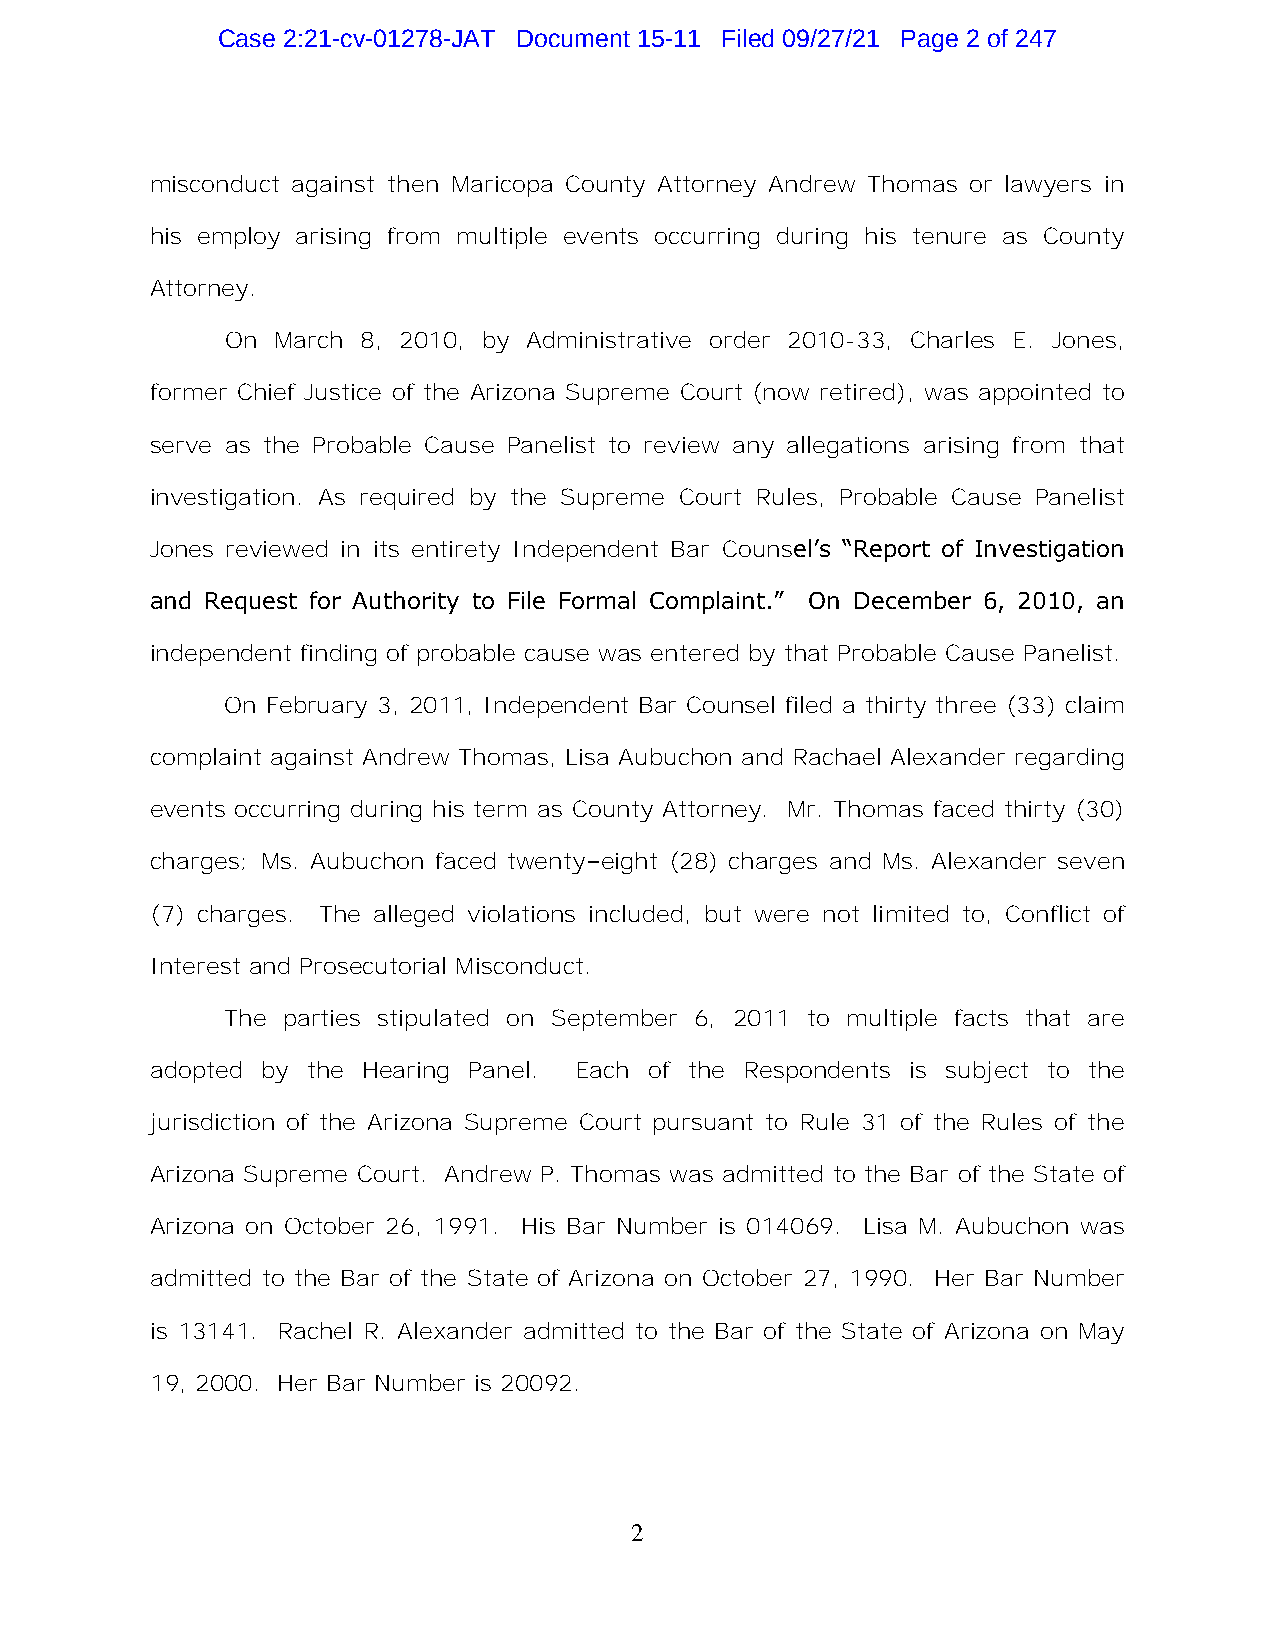
Case 2:21-cv-01278-JAT Document 15-11 Filed 09/27/21 Page 2 of 247
 misconduct against then Maricopa County Attorney Andrew Thomas or lawyers in
 his employ arising from multiple events occurring during his tenure as County
 Attorney.
 On March 8, 2010, by Administrative order 2010-33, Charles E. Jones,
 former Chief Justice of the Arizona Supreme Court (now retired), was appointed to
 serve as the Probable Cause Panelist to review any allegations arising from that
 investigation. As required by the Supreme Court Rules, Probable Cause Panelist
 Jones reviewed in its entirety Independent Bar Counsel’s “Report of Investigation
 and Request for Authority to File Formal Complaint.” On December 6, 2010, an
 independent finding of probable cause was entered by that Probable Cause Panelist.
 On February 3, 2011, Independent Bar Counsel filed a thirty three (33) claim
 complaint against Andrew Thomas, Lisa Aubuchon and Rachael Alexander regarding
 events occurring during his term as County Attorney. Mr. Thomas faced thirty (30)
 charges; Ms. Aubuchon faced twenty–eight (28) charges and Ms. Alexander seven
 (7) charges. The alleged violations included, but were not limited to, Conflict of
 Interest and Prosecutorial Misconduct.
 The parties stipulated on September 6, 2011 to multiple facts that are
 adopted by the Hearing Panel. Each of the Respondents is subject to the
 jurisdiction of the Arizona Supreme Court pursuant to Rule 31 of the Rules of the
 Arizona Supreme Court. Andrew P. Thomas was admitted to the Bar of the State of
 Arizona on October 26, 1991. His Bar Number is 014069. Lisa M. Aubuchon was
 admitted to the Bar of the State of Arizona on October 27, 1990. Her Bar Number
 is 13141. Rachel R. Alexander admitted to the Bar of the State of Arizona on May
 19, 2000. Her Bar Number is 20092.
 2